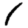
Digit: 1